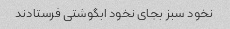
نخود سبز بجای نخود ابگوشتی فرستادند